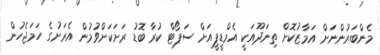
މެންބަރުންނަށް އަމާޒުކޮށް ތިނަދޫއަކީ އެމްޑީޕީއަށް ސަޕޯޓް ކުރާ ބޮޑު ރަށަކަށްވުމުން އެރަށުގެ ހަމަޖެހުން